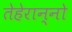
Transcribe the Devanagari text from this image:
तेहेरान्नो